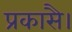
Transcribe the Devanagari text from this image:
प्रकासै।